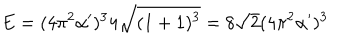
LaTeX: E = ( 4 \pi ^ { 2 } \alpha ^ { \prime } ) ^ { 3 } 4 \sqrt { ( 1 + 1 ) ^ { 3 } } = 8 \sqrt { 2 } ( 4 \pi ^ { 2 } \alpha ^ { \prime } ) ^ { 3 }